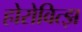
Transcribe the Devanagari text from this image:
होरोवित्झ